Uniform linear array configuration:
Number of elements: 24
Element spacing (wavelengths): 0.75
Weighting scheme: binomial
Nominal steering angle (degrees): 30
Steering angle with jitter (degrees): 29.444
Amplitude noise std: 0.05
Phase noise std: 0.05

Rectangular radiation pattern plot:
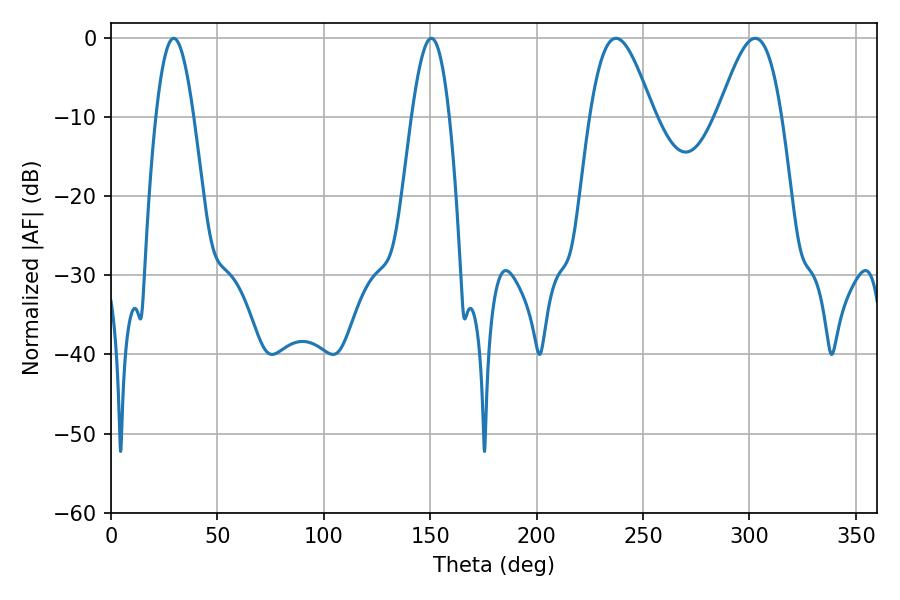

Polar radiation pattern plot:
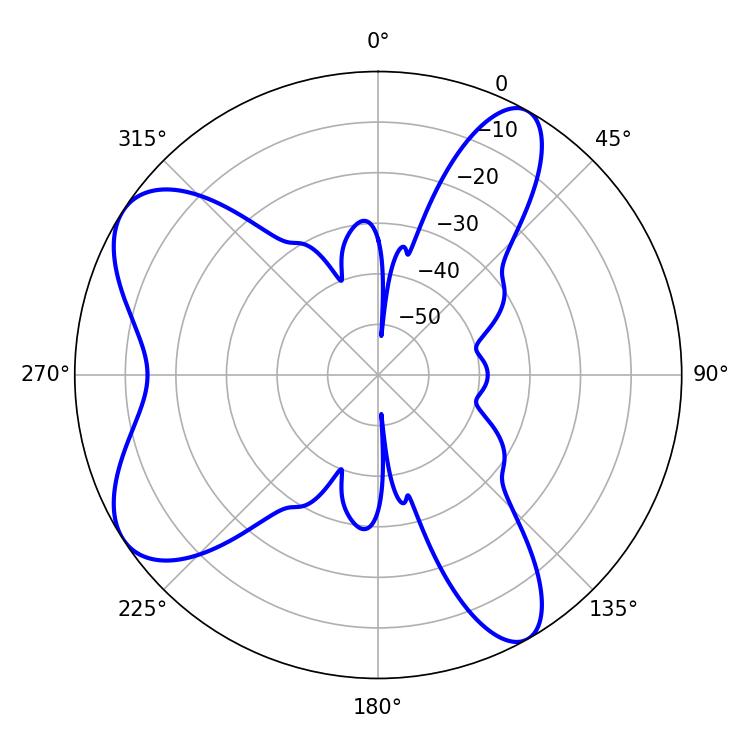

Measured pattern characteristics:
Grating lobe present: TRUE
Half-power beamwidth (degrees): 15.84
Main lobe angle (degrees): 237.24